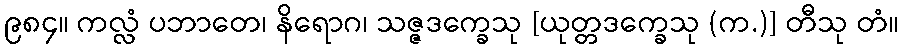
၉၈၄။ ကလ္လံ ပဘာတေ၊ နိရောဂ၊ သဇ္ဇဒက္ခေသု [ယုတ္တဒက္ခေသု (က.)] တီသု တံ။